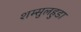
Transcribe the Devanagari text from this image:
शम्सुलहुडा